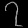
Digit: ၇